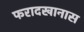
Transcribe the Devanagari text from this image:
फरादखानास